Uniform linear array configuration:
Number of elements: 48
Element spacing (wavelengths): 0.25
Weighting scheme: uniform
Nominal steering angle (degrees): -45
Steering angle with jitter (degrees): -44.583
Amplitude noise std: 0.05
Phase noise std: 0.05

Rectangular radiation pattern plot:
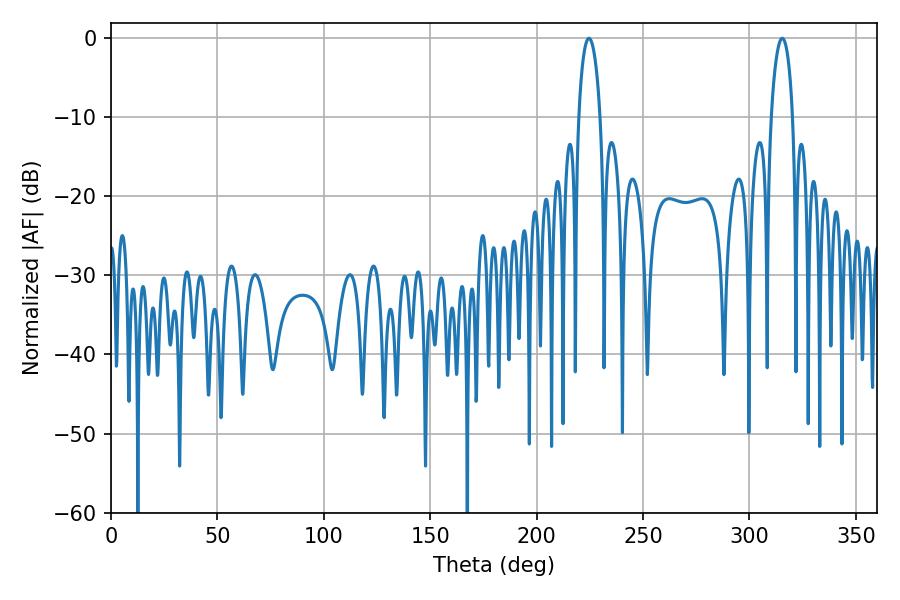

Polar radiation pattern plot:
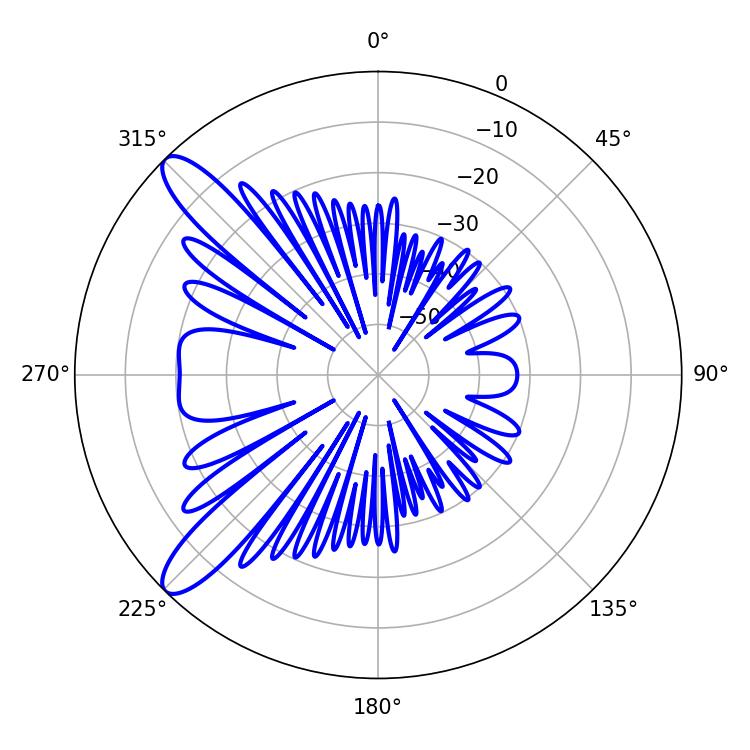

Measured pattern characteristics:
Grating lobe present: FALSE
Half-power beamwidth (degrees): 5.76
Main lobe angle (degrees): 315.36